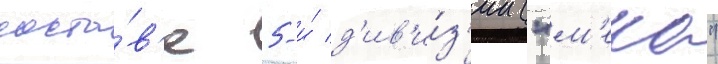
соста́в'е 5-и́ д'ив'и́з'ии ("м'еко"